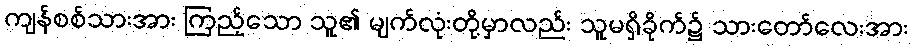
ကျန်စစ်သားအား ကြည့်သော သူ၏ မျက်လုံးတို့မှာလည်း သူမရှိခိုက်၌ သားတော်လေးအား